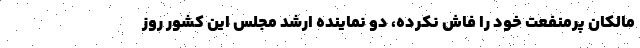
مالکان پرمنفعت خود را فاش نکرده، دو نماینده ارشد مجلس این کشور روز